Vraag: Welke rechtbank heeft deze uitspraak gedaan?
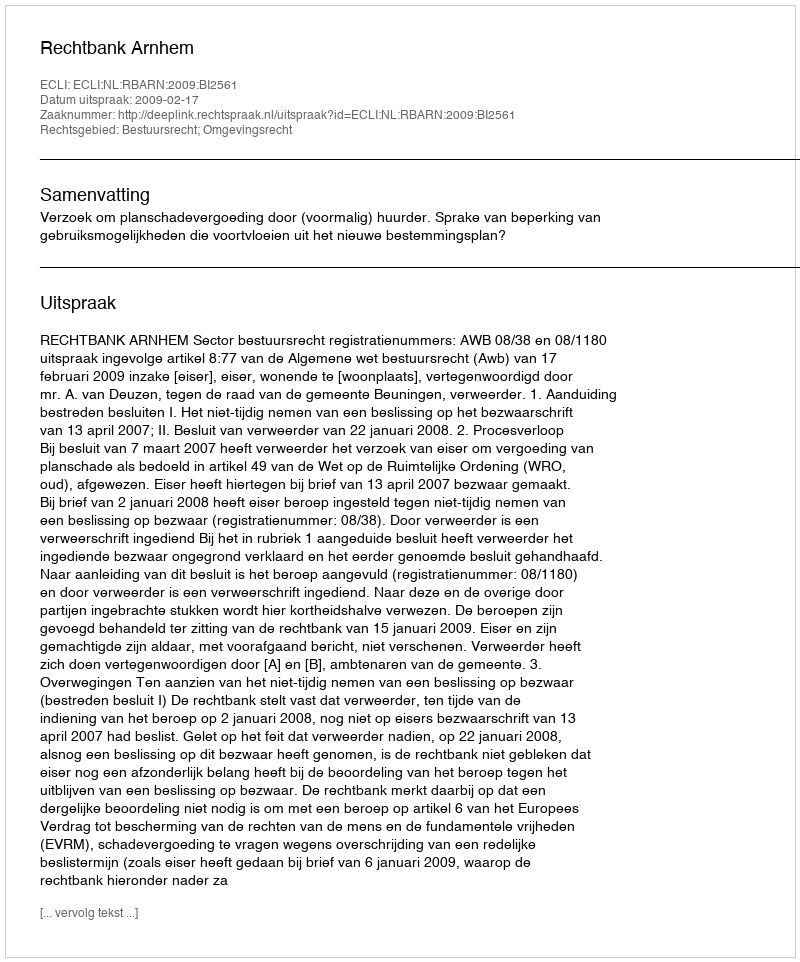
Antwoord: Rechtbank Arnhem